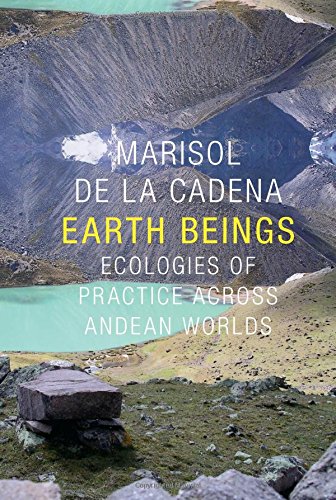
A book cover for Earth Beings: Ecologies of Practice across Andean Worlds (The Lewis Henry Morgan Lectures); Marisol de la Cadena; History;